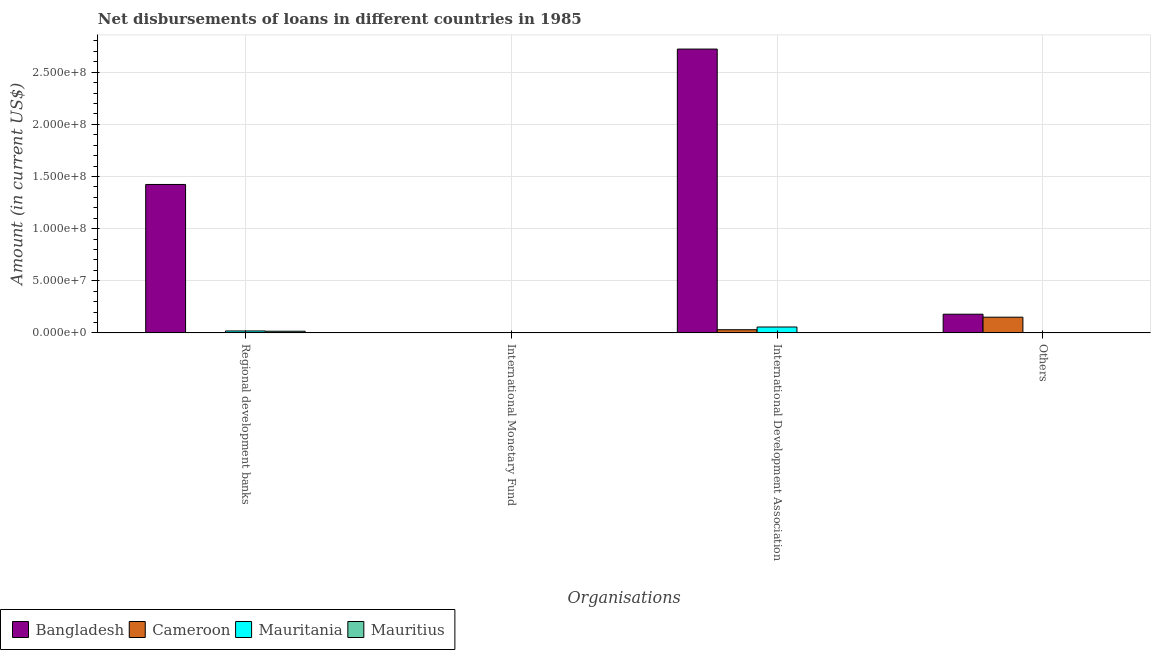
| Organisations | Bangladesh | Cameroon | Mauritania | Mauritius |
 | --- | --- | --- | --- | --- |
 | Regional development banks | 1.42e+08 | 5e+03 | 1.83e+06 | 1.57e+06 |
 | International Monetary Fund | -2.06e+07 | -5.84e+06 | -4.02e+06 | -1.85e+06 |
 | International Development Association | 2.72e+08 | 3.02e+06 | 5.62e+06 | -2.04e+05 |
 | Others | 1.79e+07 | 1.5e+07 | -8.5e+05 | -1.07e+06 |